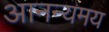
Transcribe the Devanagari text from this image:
आनन्यमय